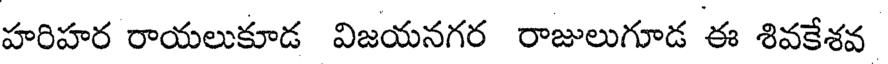
హరిహర రాయలుకూడ విజయనగర రాజులుగూడ ఈ శివకేశవ